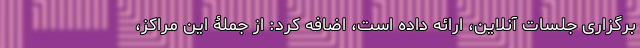
برگزاری جلسات آنلاین، ارائه داده است، اضافه کرد: از جملۀ این مراکز،